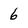
Character: 6